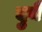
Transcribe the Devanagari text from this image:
दुनै